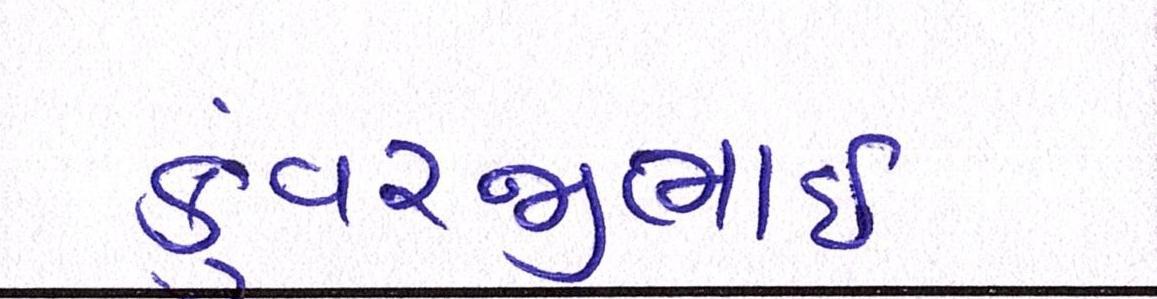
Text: કુંવરજીભાઈ